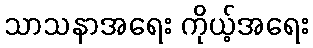
သာသနာအရေး ကိုယ့်အရေး